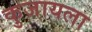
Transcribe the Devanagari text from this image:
कुजायला